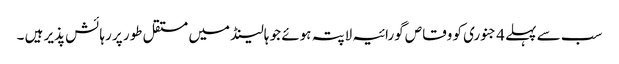
سب سے پہلے 4 جنوری کو وقاص گورائیہ لاپتہ ہوئے جو ہالینڈ میں مستقل طور پر رہائش پذیر ہیں ۔